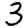
Digit: 3